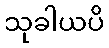
သုခါယပိ